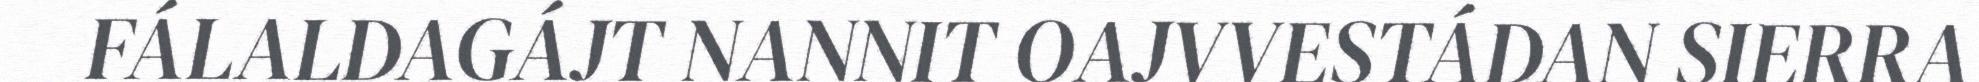
FÁLALDAGÁJT NANNIT OAJVVESTÁDAN SIERRA